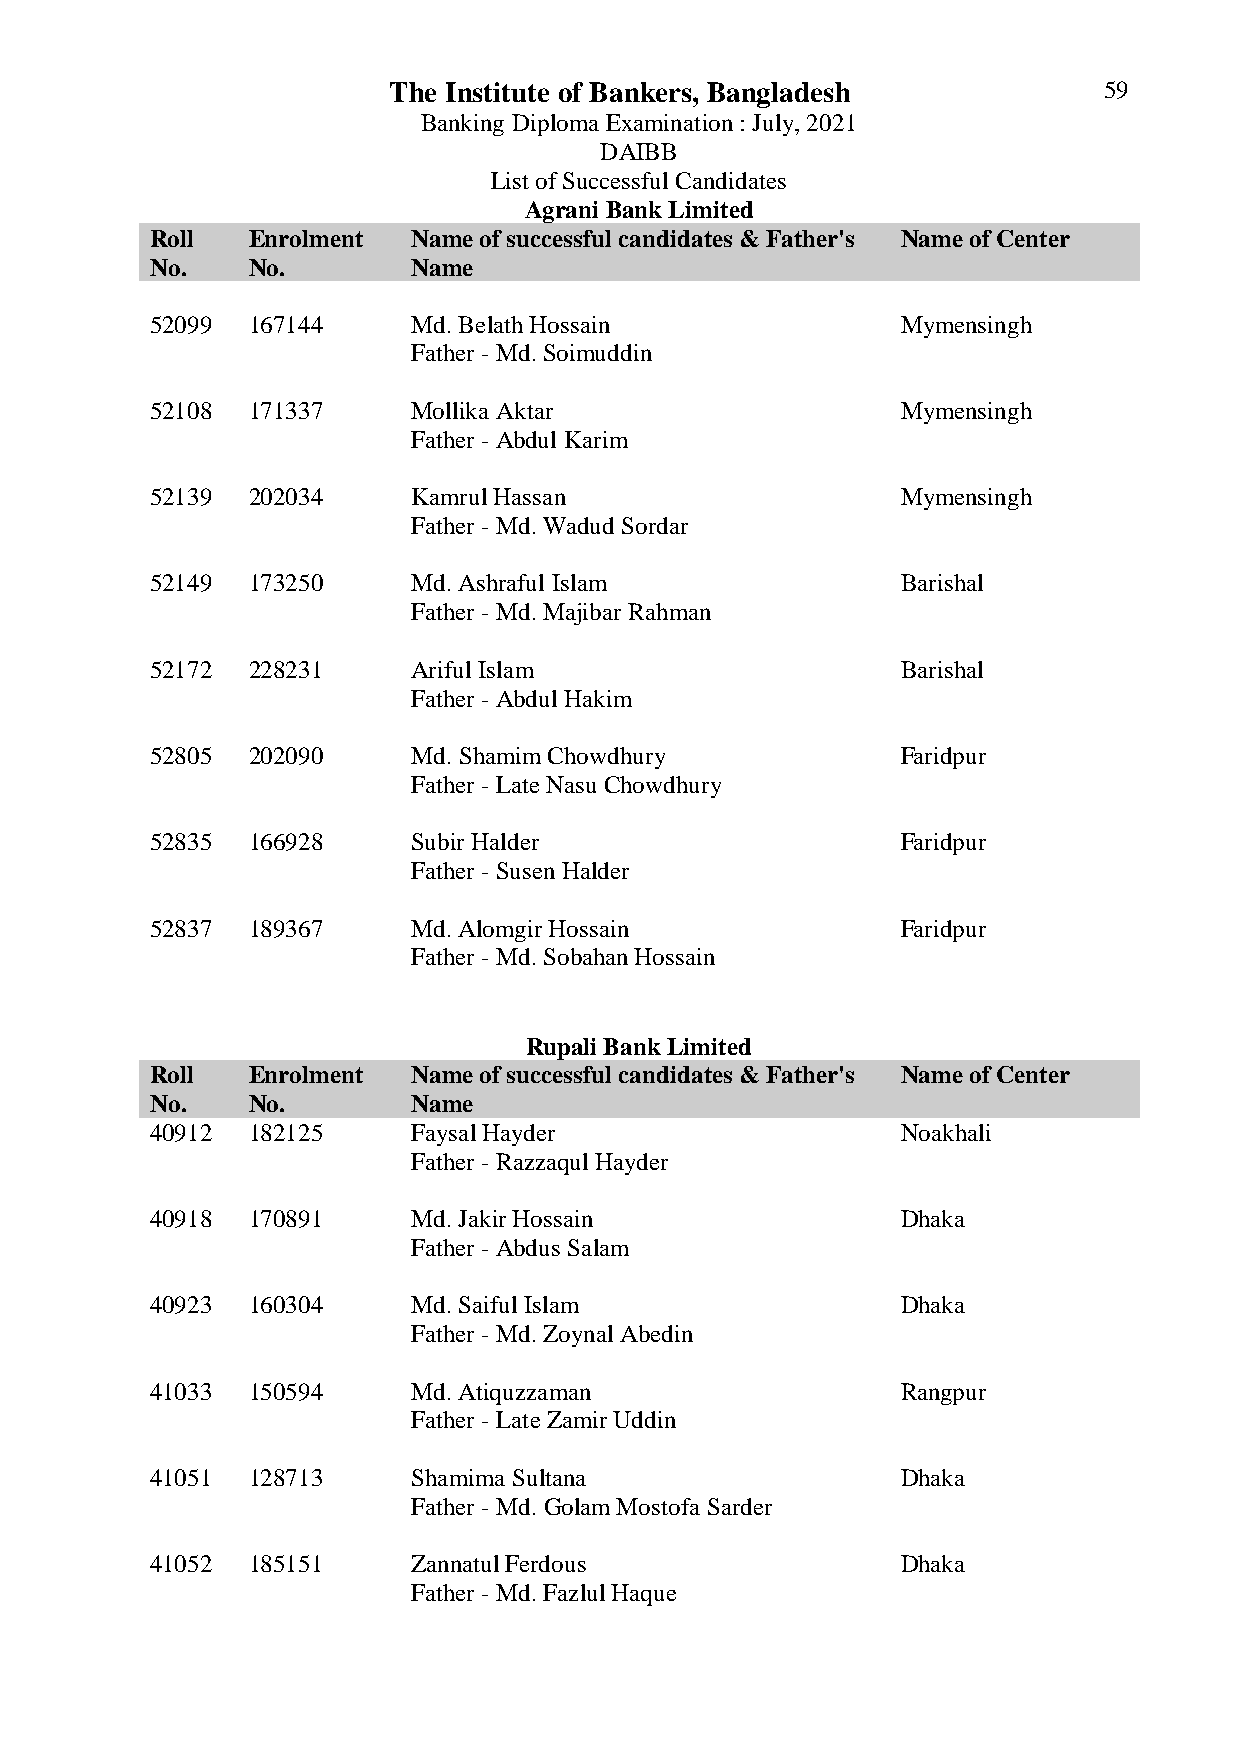
The Institute of Bankers, Bangladesh           59
 Banking Diploma Examination : July, 2021
 DAIBB
 List of Successful Candidates
 Agrani Bank Limited
 Roll  Enrolment  Name of successful candidates & Father's Name of Center
 No.   No.        Name
 52099 167144     Md. Belath Hossain               Mymensingh
 Father - Md. Soimuddin
 52108 171337     Mollika Aktar                    Mymensingh
 Father - Abdul Karim
 52139 202034     Kamrul Hassan                    Mymensingh
 Father - Md. Wadud Sordar
 52149 173250     Md. Ashraful Islam               Barishal
 Father - Md. Majibar Rahman
 52172 228231     Ariful Islam                     Barishal
 Father - Abdul Hakim
 52805 202090     Md. Shamim Chowdhury             Faridpur
 Father - Late Nasu Chowdhury
 52835 166928     Subir Halder                     Faridpur
 Father - Susen Halder
 52837 189367     Md. Alomgir Hossain              Faridpur
 Father - Md. Sobahan Hossain
 Rupali Bank Limited
 Roll  Enrolment  Name of successful candidates & Father's Name of Center
 No.   No.        Name
 40912 182125     Faysal Hayder                    Noakhali
 Father - Razzaqul Hayder
 40918 170891     Md. Jakir Hossain                Dhaka
 Father - Abdus Salam
 40923 160304     Md. Saiful Islam                 Dhaka
 Father - Md. Zoynal Abedin
 41033 150594     Md. Atiquzzaman                  Rangpur
 Father - Late Zamir Uddin
 41051 128713     Shamima Sultana                  Dhaka
 Father - Md. Golam Mostofa Sarder
 41052 185151     Zannatul Ferdous                 Dhaka
 Father - Md. Fazlul Haque